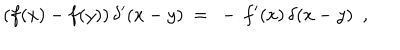
( f ( x ) - f ( y ) ) \, \delta ^ { \prime } ( x - y ) ~ = ~ - \, f ^ { \prime } ( x ) \, \delta ( x - y ) ~ ~ ,